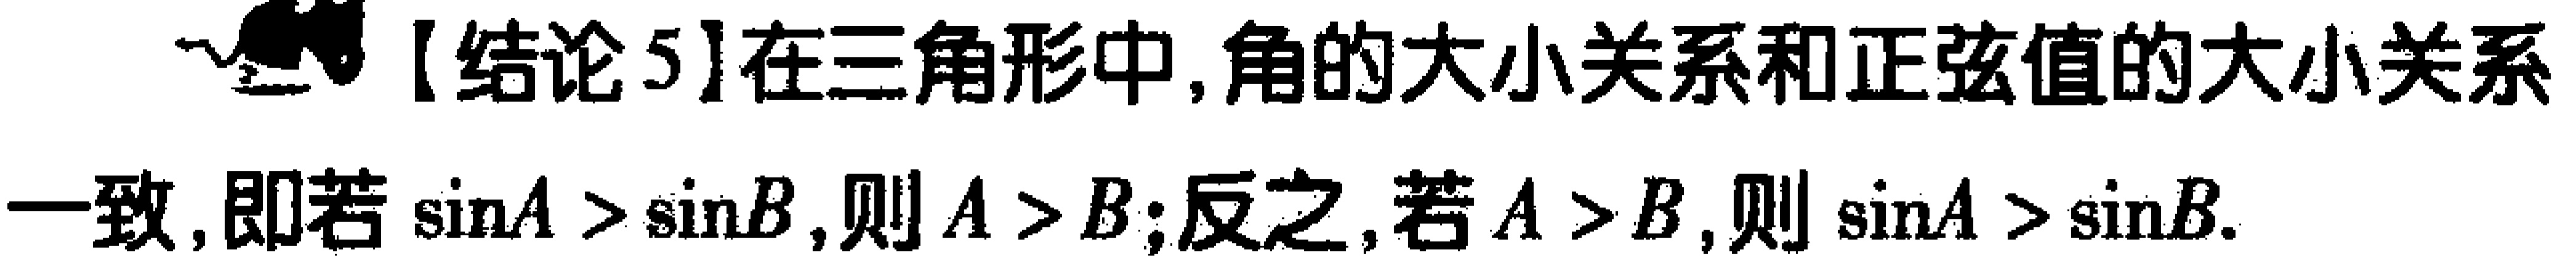
【结论5】在三角形中,角的大小关系和正弦值的大小关系一致,即若$\sin A > \sin B$,则$A > B$;反之,若$A > B$,则$\sin A > \sin B$.